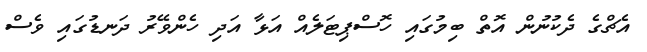
އެޗްގެ ދެކުނުން އޮތް ބިމުގައި ހޮސްޕިޓަލެއް އަޅާ އަދި ހެންވޭރު ދަނޑުގައި ވެސް